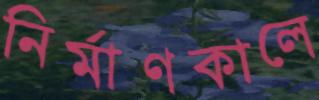
নির্মাণকালে